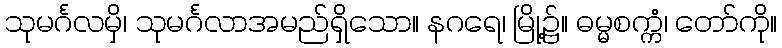
သုမင်္ဂလမှိ၊ သုမင်္ဂလာအမည်ရှိသော။ နဂရေ၊ မြို့၌။ ဓမ္မစက္ကံ၊ တော်ကို။